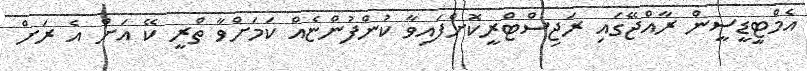
އެމްޓީޑީސީން ރާއްޖޭގައި ރަޖިސްޓްރީކޮށްފައިވާ ކުންފުންޏެއް ކަމަށްވާ ތްރީ ކޭ އަށް އެ ރަށް